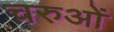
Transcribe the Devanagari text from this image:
चरुओं